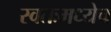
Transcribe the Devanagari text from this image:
स्वतःमध्येच